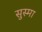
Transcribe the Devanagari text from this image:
सुस्मा